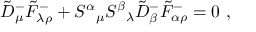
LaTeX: \tilde { D } _ { \mu } ^ { - } \tilde { F } _ { \lambda \rho } ^ { - } + S ^ { \alpha } { } _ { \mu } S ^ { \beta } { } _ { \lambda } \tilde { D } _ { \beta } ^ { - } \tilde { F } _ { \alpha \rho } ^ { - } = 0 ~ ,